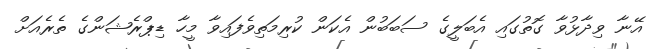
އޭނާ ވިދާޅުވާ ގޮތުގައި އެބަލީގެ ސަބަބުން އެކަން ކުރިމަތިވެފައިވާ މީހާ ޑިޕްރެޝަންގެ ތެރެއަށް